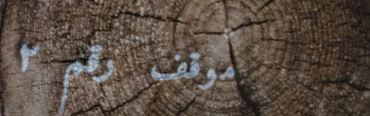
موقف رقم ٢